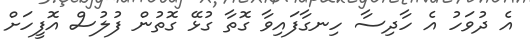
އެ ދުވަހު އެ ހާދިސާ ހިނގާފައިވާ ގޮތާ ގުޅޭ ގޮތުން ފުލުސް އޮފީހަށް